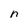
Character: n